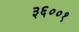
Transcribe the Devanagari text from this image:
३६००१